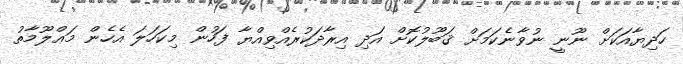
ހަދިޔާއަކަށް ނޫނީ ނުވާނެކަމަށް ޤަބޫލުކޮށް އަދި އިރާދަކުރެއްވިއްޔާ ފަހުން މިކަހަލަ އެހެން މަޢްލޫމާތު